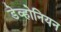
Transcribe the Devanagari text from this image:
डेव्होनियन